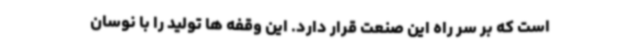
است که بر سر راه این صنعت قرار دارد. این وقفه ها تولید را با نوسان